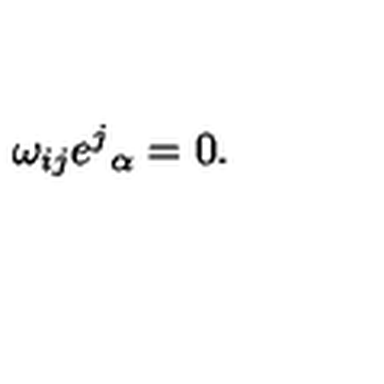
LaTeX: \omega _ { i j } e ^ { j } { } _ { \alpha } = 0 .